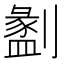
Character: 𠠂